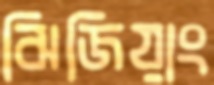
ঝিজিয়াং